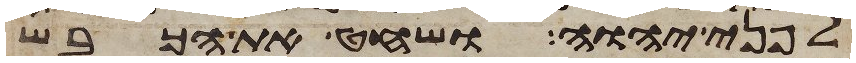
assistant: לפני יהוה ושחט את הכבש